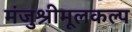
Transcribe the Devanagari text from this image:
मंजुश्रीमूलकल्प